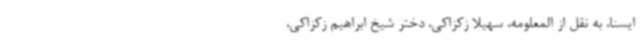
ایسنا، به نقل از المعلومه، سهیلا زکزاکی، دختر شیخ ابراهیم زکزاکی،